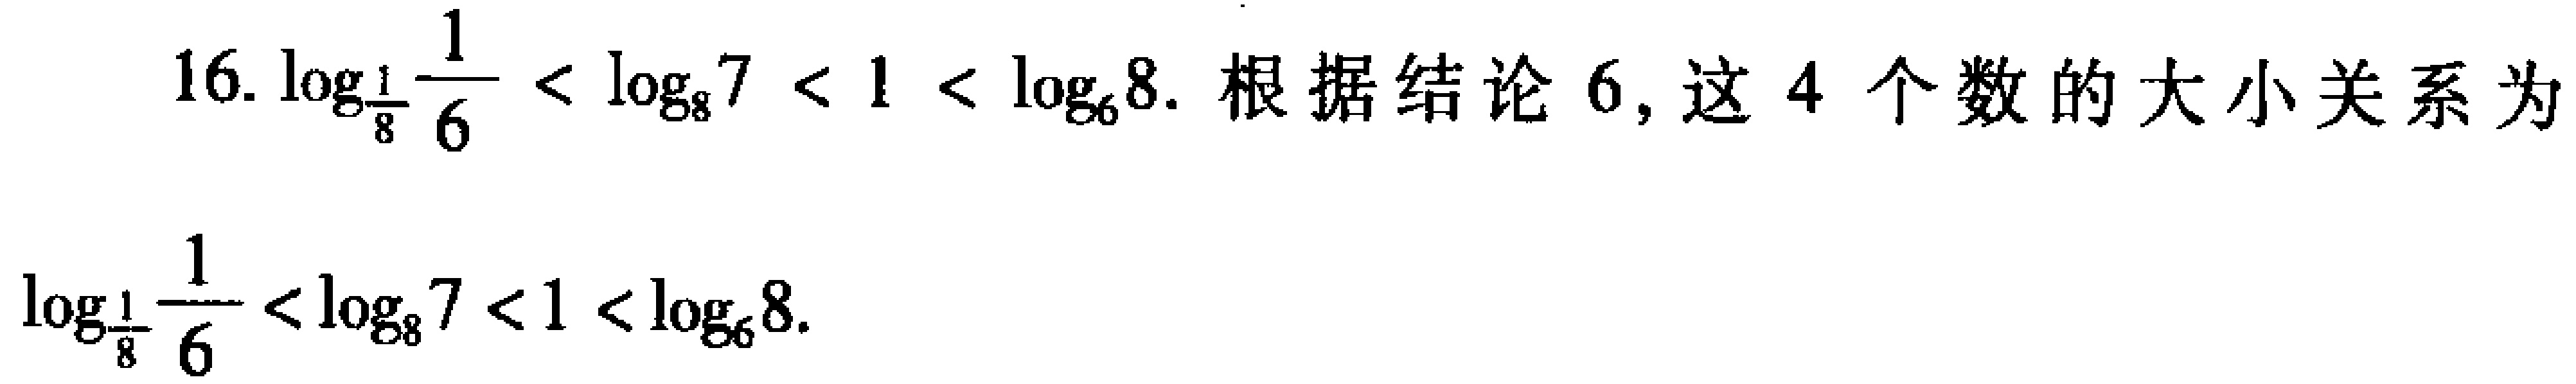
16. \(\log_{\frac{1}{8}}\frac{1}{6}<\log_{8}7 < 1<\log_{6}8\). 根据结论6, 这4个数的大小关系为

\(\log_{\frac{1}{8}}\frac{1}{6}<\log_{8}7 < 1<\log_{6}8\).